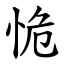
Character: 恑